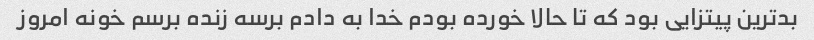
بد‌ترین پیتزایی بود که تا حالا خورده بودم خدا به دادم برسه زنده برسم خونه امروز